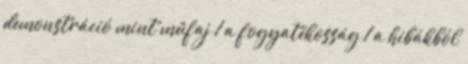
demonstráció mint műfaj 1 a fogyatékosság 1 a hibákból